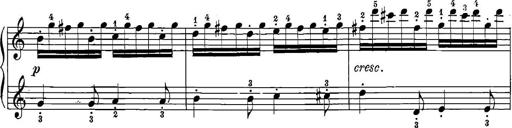
Title: 12 Sonatinas
Composer: Ignaz Pleyel